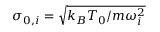
\sigma _ { 0 , i } = \sqrt { { k _ { B } T _ { 0 } / m \omega _ { i } ^ { 2 } } }